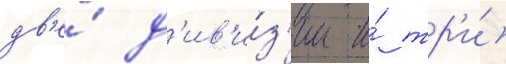
дв'е́ д'ив'и́з'ии и́ тр'и́